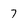
Character: 7